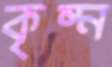
কৃষ্ন